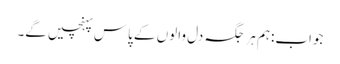
جواب:ہم ہر جگہ دل والوں کے پاس پہنچیں گے۔